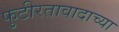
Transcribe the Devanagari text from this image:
फुटीरतावादाच्या